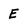
Character: E